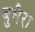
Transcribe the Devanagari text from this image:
बुधैरा